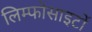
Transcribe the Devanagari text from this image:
लिम्फोसाइटों